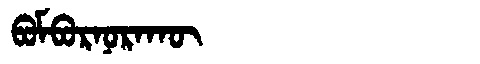
Manchu: ᠪᠣᠮᠪᠣᡵᠨᠣᡵᠠᡴᡡ
Romanization: BOMBORNORAKŪ